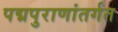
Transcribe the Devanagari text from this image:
पद्मपुराणांतर्गत